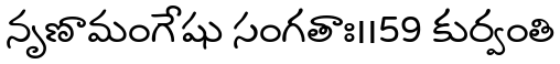
నృణామంగేషు సంగతాః।।59 కుర్వంతి